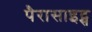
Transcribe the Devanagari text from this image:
पैरासाइट्स